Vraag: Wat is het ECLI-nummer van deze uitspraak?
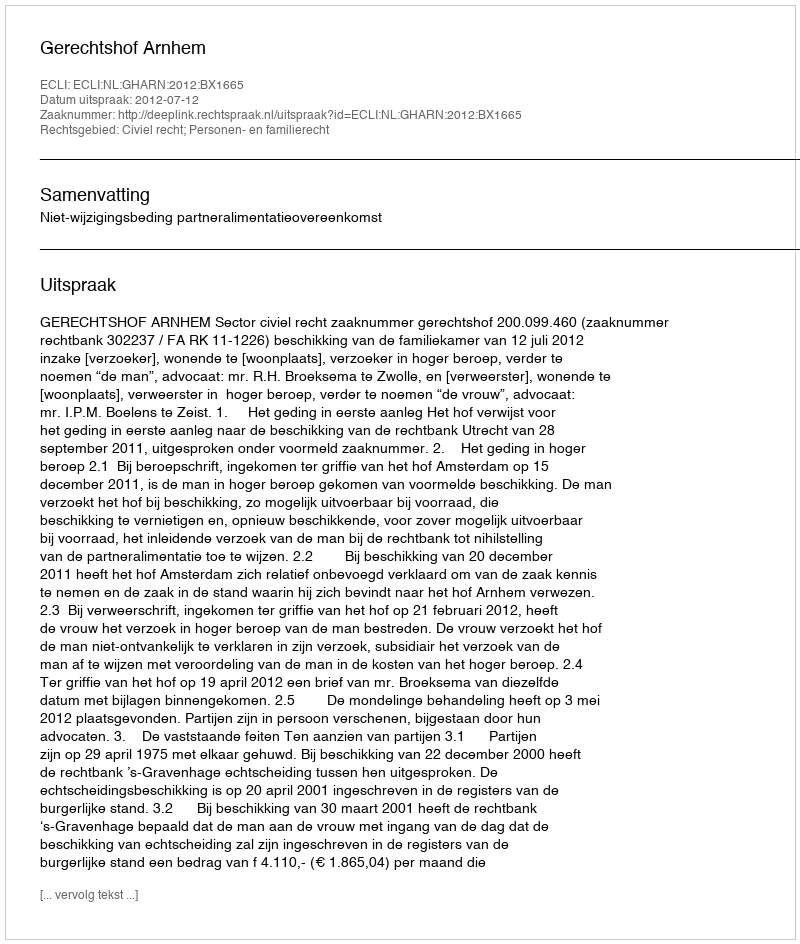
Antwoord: ECLI:NL:GHARN:2012:BX1665